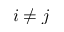
i \neq j